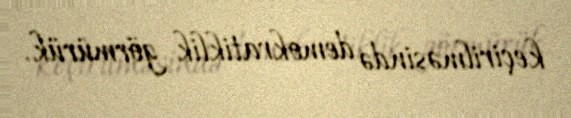
keçirilməsində demokratiklik görmürük.